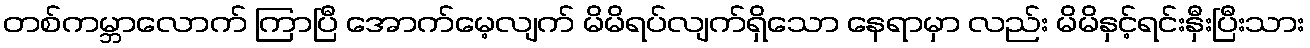
တစ်ကမ္ဘာလောက် ကြာပြီ အောက်မေ့လျက် မိမိရပ်လျက်ရှိသော နေရာမှာ လည်း မိမိနှင့်ရင်းနှီးပြီးသား